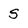
Character: 5